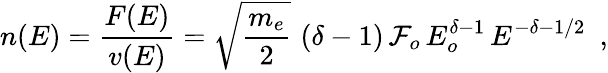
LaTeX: n(E)=\frac{F(E)}{v(E)}=\sqrt{\frac{m_{e}}{2}}\, \, (\delta-1)\, {\cal F}_{o}\, E_{o}^{\delta-1}\, E^{-\delta-1/2}\, \, \, ,